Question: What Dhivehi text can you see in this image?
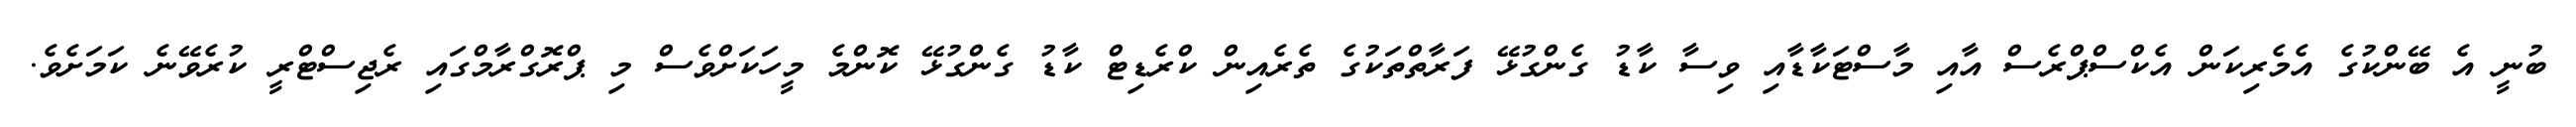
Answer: ބުނީ އެ ބޭންކުގެ އެމެރިކަން އެކްސްޕްރެސް އާއި މާސްޓަކާޑާއި ވިސާ ކާޑު ގެންގުޅޭ ފަރާތްތަކުގެ ތެރެއިން ކްރެޑިޓް ކާޑު ގެންގުޅޭ ކޮންމެ މީހަކަށްވެސް މި ޕްރޮގްރާމްގައި ރެޖިސްޓްރީ ކުރެވޭނެ ކަމަށެވެ.